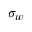
\sigma _ { w }